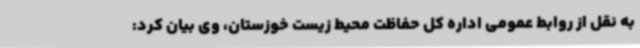
به نقل از روابط عمومی اداره کل حفاظت محیط زیست خوزستان، وی بیان کرد: